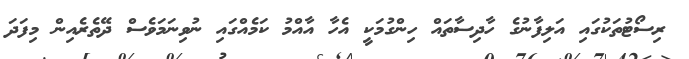
ރިސޯޓުތަކުގައި އަލިފާނުގެ ހާދިސާތައް ހިންގުމަކީ އެހާ އާއްމު ކަމެއްގައި ނުވިނަމަވެސް ދޭތެރެއިން މިފަދަ